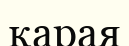
қарая